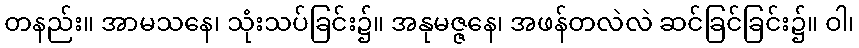
တနည်း။ အာမသနေ၊ သုံးသပ်ခြင်း၌။ အနုမဇ္ဇနေ၊ အဖန်တလဲလဲ ဆင်ခြင်ခြင်း၌။ ဝါ၊